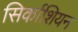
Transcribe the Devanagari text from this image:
सिर्काशियन